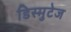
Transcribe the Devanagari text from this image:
डिस्मुटेज